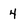
Character: 4